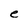
Character: e